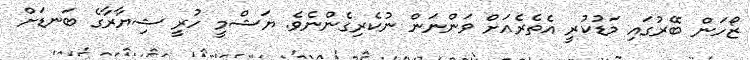
ޒޯހަން ބޭރުގައި މަޑުކުރީ އެތެރެއަށް ވަންނަން ނުކެރިގެންނެވެ. ޔަޝްމީ ހުރީ ޝިޔާރާގެ ބަނޑަށް